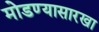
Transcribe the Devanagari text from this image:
मोडण्यासारखा